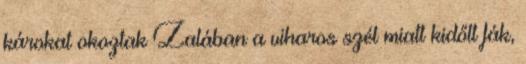
károkat okoztak Zalában a viharos szél miatt kidőlt fák,